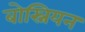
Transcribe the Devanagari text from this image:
बोस्नियन